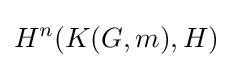
H^{n}(K(G,m),H)